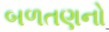
બળતણનો